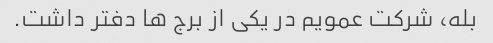
بله، شرکت عمویم در یکی از برج ها دفتر داشت.